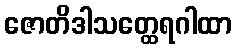
ဇောတိဒါသတ္ထေရဂါထာ